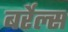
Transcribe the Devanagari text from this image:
बर्रेल्स